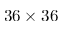
3 6 \times 3 6